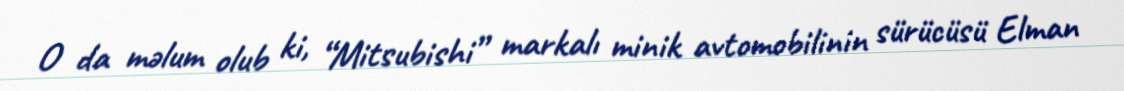
O da məlum olub ki, “Mitsubishi” markalı minik avtomobilinin sürücüsü Elman